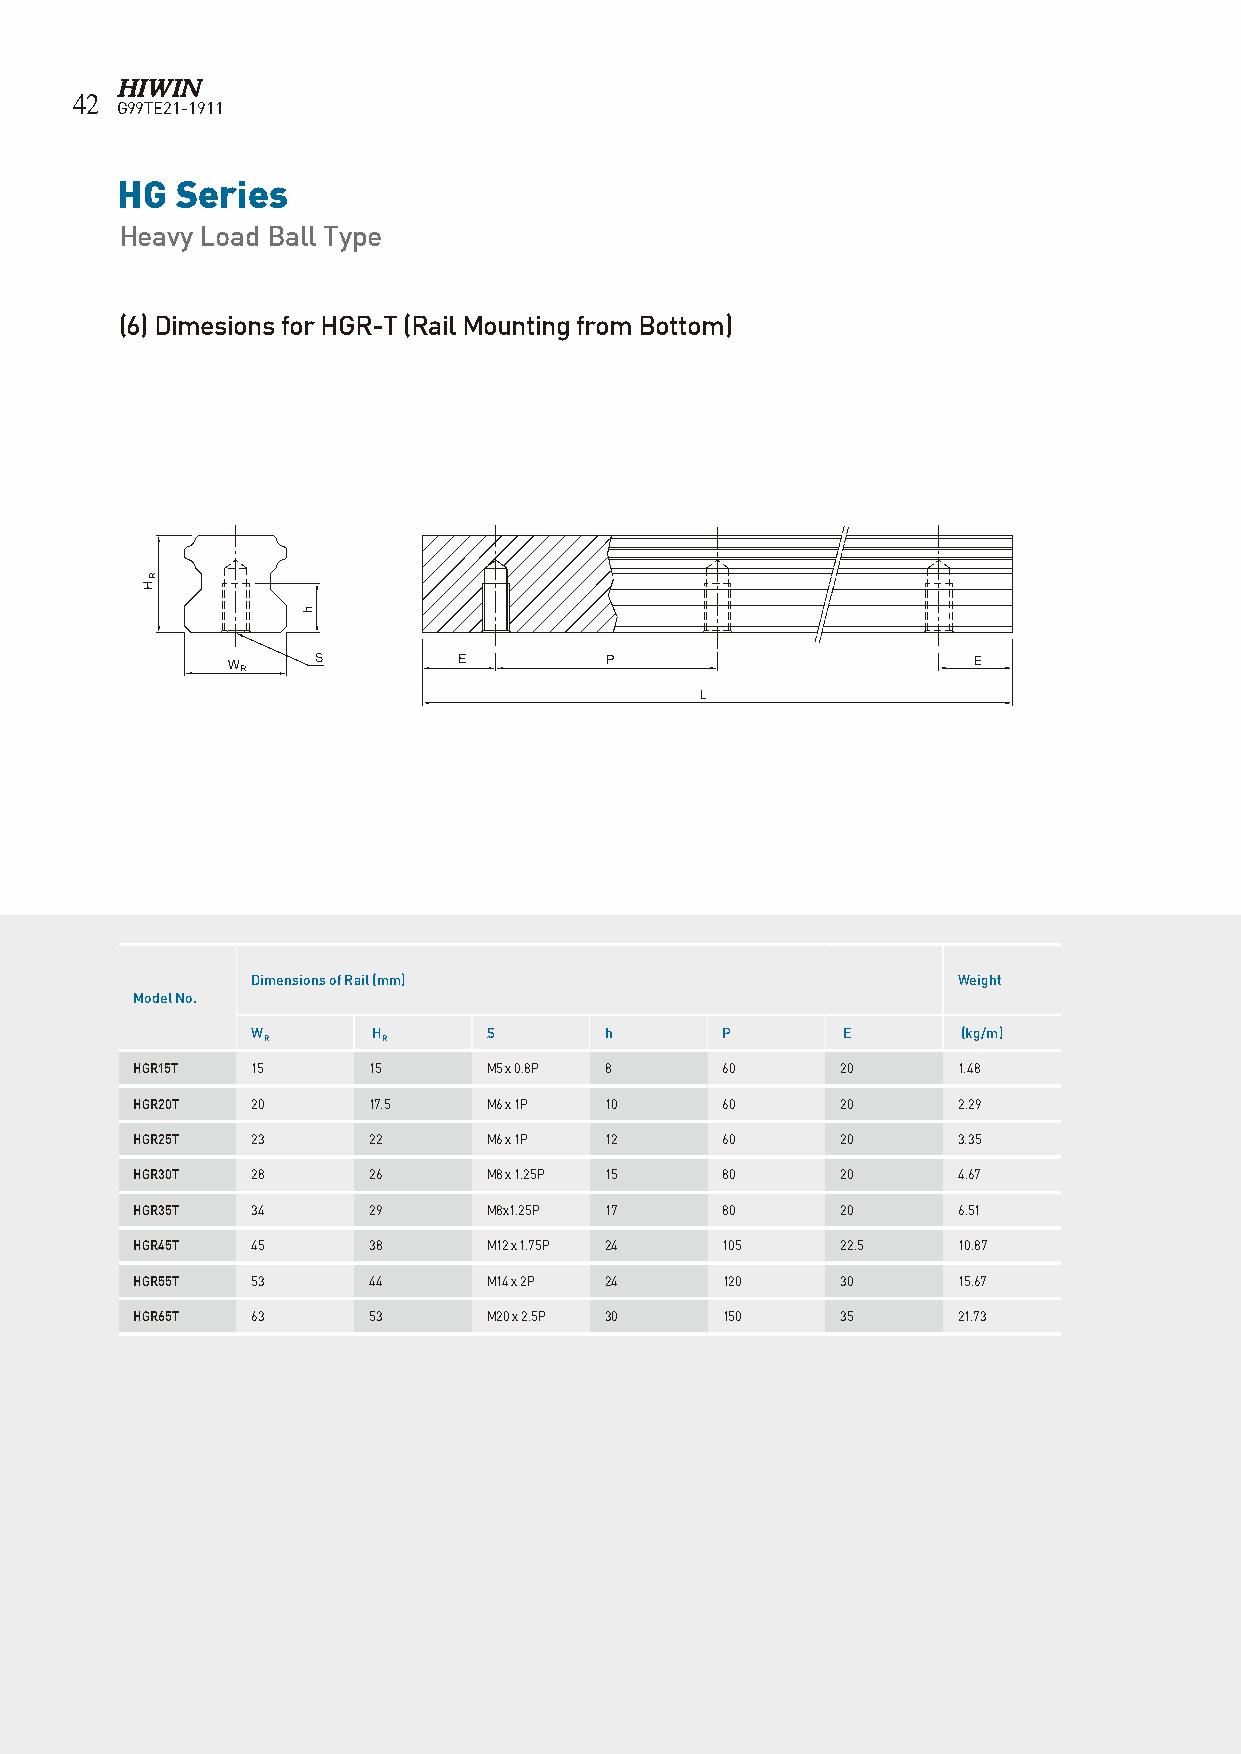
42
 G99TE21-1911
 HG  Series
 Heavy Load Ball Type
 (6) Dimesions for HGR-T (Rail Mounting from Bottom)
 Dimensions of Rail (mm)                       Weight
 Model No.
 W       H      S       h       P       E       (kg/m)
 R       R
 HGR15T  15     15      M5 x 0.8P 8     60      20     1.48
 HGR20T  20     17.5    M6 x 1P 10      60      20     2.29
 HGR25T  23     22      M6 x 1P 12      60      20     3.35
 HGR30T  28     26      M8 x 1.25P 15   80      20     4.67
 HGR35T  34     29      M8x1.25P 17     80      20     6.51
 HGR45T  45     38      M12 x 1.75P 24  105     22.5   10.87
 HGR55T  53     44      M14 x 2P 24     120     30     15.67
 HGR65T  63     53      M20 x 2.5P 30   150     35     21.73